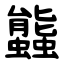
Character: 䘅